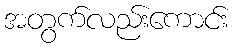
အတွက်လည်းကောင်း